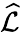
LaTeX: \widehat{\mathcal{L}}